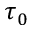
\tau _ { 0 }